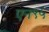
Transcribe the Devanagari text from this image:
एन९५